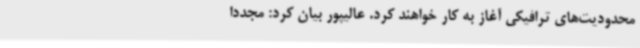
محدودیت‌های ترافیکی آغاز به کار خواهند کرد. عالیپور بیان کرد: مجددا